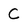
Character: C